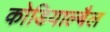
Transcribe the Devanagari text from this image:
कोडियाल्बैल